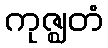
ကုဇ္ဈတံ